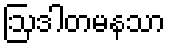
ဩဒါတမနသာ